[Report on the health of British troops in the Madras command]
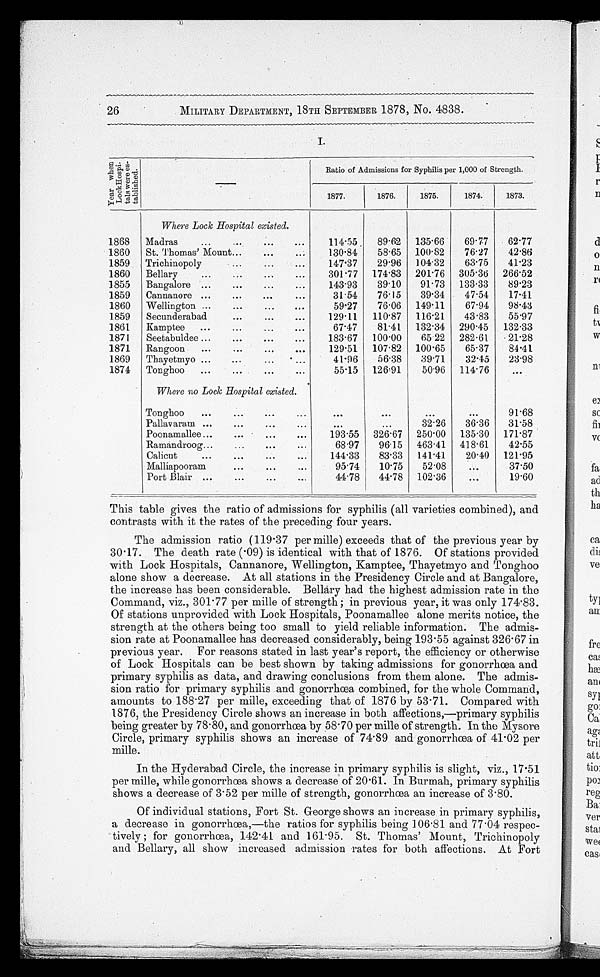
26 MILITARY DEPARTMENT, 18TH SEPTEMBER 1878, No. 4838.
I.
Y e a r w h e n L o c k H o s p i - t a l s w e r e e s - t a b l i s h e d .
—
Ratio of Admissions for Syphilis per 1,000 of Strength.
1877.
1876.
1875.
1874.
1873.
Where Lock Hospital existed.
1868 Madras . . .
114.55
89.62 135.66
69.77
62.77
1860 St. Thomas' Mount . . .
130.84
58.65 100.82
76.27
42.86
1859 Trichinopoly . . .
147.37
29.96 104.32
63.75
41.23
1860 Bellary . . .
301.77 174.83 201.76 305.36 266.52
1855 Bangalore . . .
143.93
39.10
91.73 133 . 33
89.23
1859 Cannanore . . .
31.54
76.15
39.34
47.54
17.41
1860 Wellington . . .
59.27
76.06 149.11
67.94
98.43
1859 Secunderabad . . .
129.11 110.87 116.21
43.83
55.97
1861
Kamptee . . .
67.47
81.41 132.34 290.45 132.33
1871
Seetabuldee . . .
183.67 100.00
65.22 282.61
21.28
1871 Rangoon . . .
129.51 107.82 100.65
65.37
84.41
1869 Thayetmyo . . .
41.96
56.38
39.71
32.45
23.98
1874 Tonghoo . . .
55.15 126.91
50.96 114.76
Where no Lock Hospital existed.
Tonghoo . . .
. . .
. . .
. . .
. . .
91.68
Pallavaram . . .
. . .
. . .
32.26
36.36
31.58
Poonamallee . . .
193.55 326.67 250.00 135.30 171.87
Ramándroog . . .
68.97
96.15 463.41 418.61
42.55
Calicut . . .
144.33
83.33 141.41
20 . 40 121.95
Malliapooram . . .
95.74
10.75
52.08
. . .
37.50
Port Blair . . .
44.78
44.78
102.36
. . .
19.60
This table gives the ratio of admissions for syphilis (all varieties combined), and
contrasts with it the rates of the preceding four years.
The admission ratio (119.37 per mille) exceeds that of the previous year by
30.17. The death rate (.09) is identical with that of 1876. Of stations provided
with Lock Hospitals, Cannanore, Wellington, Kamptee, Thayetmyo and Tonghoo
alone show a decrease. At all stations in the Presidency Circle and at Bangalore,
the increase has been considerable. Bellary had the highest admission rate in the
Command, viz., 301.77 per mille of strength; in previous year, it was only 174.83.
Of stations unprovided with Lock Hospitals, Poonamallee alone merits notice, the
strength at the others being too small to yield reliable information. The admis
-
sion rate at Poonamallee has decreased considerably, being 193.55 against 326.67 in
previous year. For reasons stated in last year's report, the efficiency or otherwise
of Lock Hospitals can be best shown by taking admissions for gonorrhœa and
primary syphilis as data, and drawing conclusions from them alone. The admis-
sion ratio for primary syphilis and gonorrhœa combined, for the whole Command,
amounts to 188.27 per mille, exceeding that of 1876 by 53.71. Compared with
1876, the Presidency Circle shows an increase in both affections,—primary syphilis
being greater by 78.80, and gonorrhœa by 58.70 per mille of strength. In the Mysore
Circle, primary syphilis shows an increase of 74.89 and gonorrhœa of 41.02 per
mille.
In the Hyderabad Circle, the increase in primary syphilis is slight, viz., 17.51
per mille, while gonorrhœa shows a decrease of 20 . 61. In Burmah, primary syphilis
shows a decrease of 3 . 52 per mille of strength, gonoacea an increase of 3.80.
Of individual stations, Fort St. George shows an increase in primary syphilis,
a decrease in gonorrhœa,—the ratios for syphilis being 106.81 and 77.04 respec-
tively ; for gonorrchœa, 142.41 and 161.95. St. Thomas' Mount, Trichinopoly
and Bellary, all show increased admission rates for both affections. At Fort